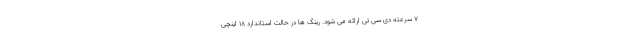
7 سرعته دی سی تی ارائه می شود. رینگ ها در حالت استاندارد 18 اینچی